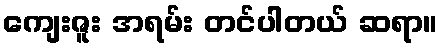
ကျေးဇူး အရမ်း တင်ပါတယ် ဆရာ။